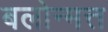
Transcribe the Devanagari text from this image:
बलोन्मत्त